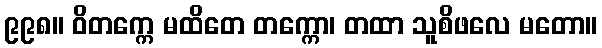
၉၉၈။ ဝိတက္ကေ မထိတေ တက္ကော၊ တထာ သူစိဖလေ မတော။